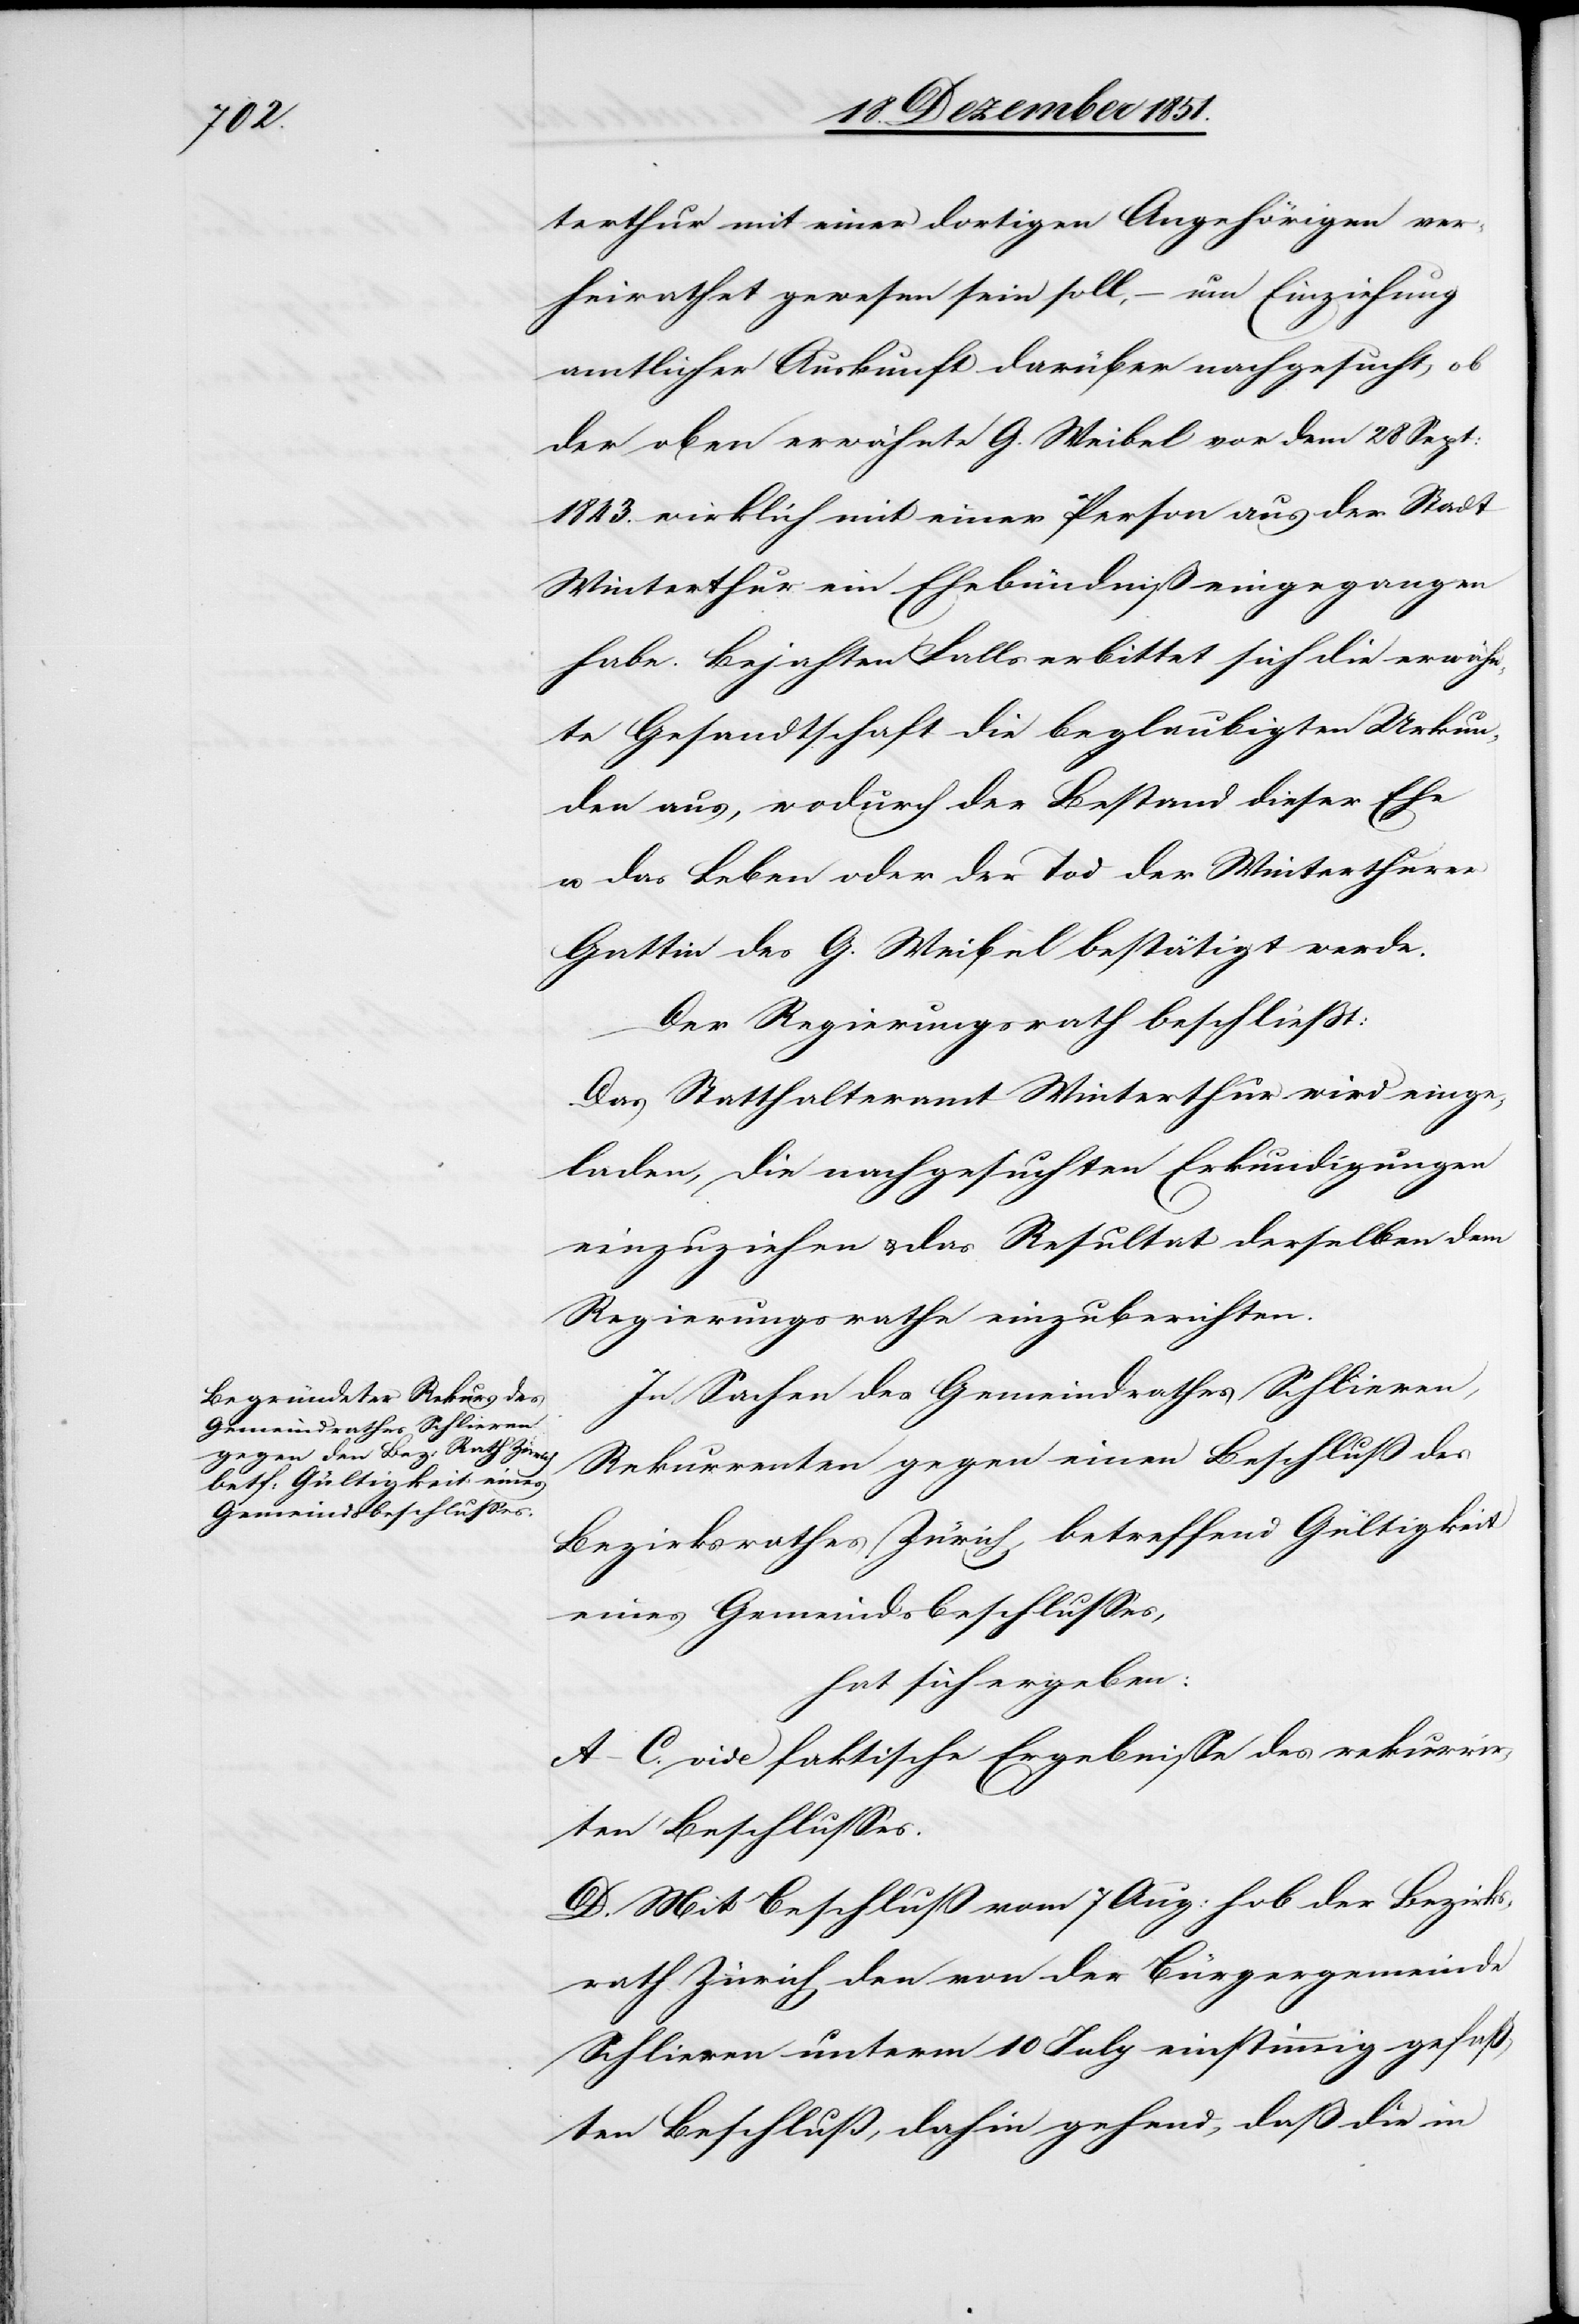
terthur mit einer dortigen Angehörigen ver¬
heirathet gewesen sein soll, – um Einziehung
amtlicher Auskunft darüber nachgesucht, ob
der oben erwähnte G. Weibel vor dem 28 Sept:
1843. wirklich mit einer Person aus der Stadt
Winterthur ein Ehebündniß eingegangen
habe. Bejahten Falls erbittet sich die erwähn¬
te Gesandtschaft die beglaubigten Urkun¬
den aus, wodurch der Bestand dieser Ehe
u. das Leben oder der Tod der Winterthurer
Gattin des G. Weibel bestätigt werde.
Der Regierungsrath beschließt:
Das Statthalteramt Winterthur wird einge¬
laden, die nachgesuchten Erkundigungen
einzuziehen & das Resultat derselben dem
Regierungsrathe einzuberichten.
In Sachen des Gemeindrathes Schlieren,
Rekurrenten gegen einen Beschluß des
Bezirksrathes Zürich, betreffend Gültigkeit
eines Gemeindsbeschlusses,
hat sich ergeben:
A–C. vide faktische Ergebnisse des rekurrir¬
ten Beschlusses.
D. Mit Beschluß vom 7 Aug: hob der Bezirks¬
rath Zürich den von der Bürgergemeinde
Schlieren unterm 10 July einstimmig gefaß¬
ten Beschluß, dahin gehend, daß die in